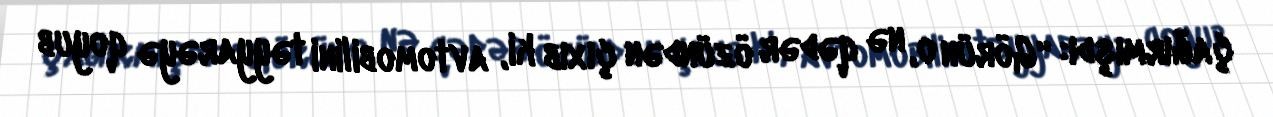
çağırmışdı: “Görün o, nə qədər özündən çıxıb ki, avtomobilini təyyarəyə qoyub